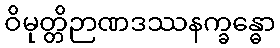
ဝိမုတ္တိဉာဏဒဿနက္ခန္ဓော